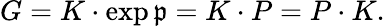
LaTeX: \displaystyle{G=K\cdot\exp{\mathfrak{p}}=K\cdot P=P\cdot K.}